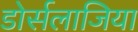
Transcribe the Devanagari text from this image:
डोर्सलाजिया